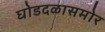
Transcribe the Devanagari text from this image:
घोडदळासमोर